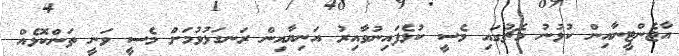
އާޖެންޓީނާއިން ކުޅުނު މެޗުގައި މެސީ ކުޅެފައިނުވާއިރު އަނިޔާއިން ރަނގަޅުވުމަށް މެސީ ވަނީ ތަންކޮޅެއް